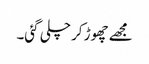
مجھے چھوڑ کر چلی گئی۔